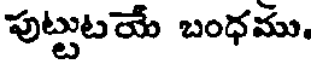
పుట్టుటయే బంధము,